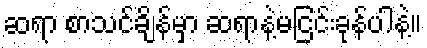
ဆရာ စာသင်ချိန်မှာ ဆရာနဲ့မငြင်းခုန်ပါနဲ့။